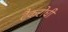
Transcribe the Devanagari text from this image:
टैकरोधी